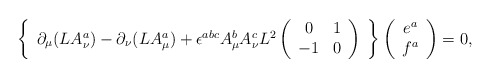
\begin{align*}\left\{\begin{array}{c}\partial_\mu(LA_{\nu}^{a})-\partial_\nu(LA_{\mu}^{a}) +\epsilon^{abc}A_{\mu}^{b}A_{\nu}^{c}L^{2}\left(\begin{array}{cc}0 & 1\\-1 & 0\end{array}\right)\end{array}\right\}\left(\begin{array}{c}e^{a}\\f^{a}\end{array}\right)=0,\end{align*}